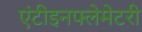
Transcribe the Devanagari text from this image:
एंटीइनफ्लेमेटरी